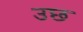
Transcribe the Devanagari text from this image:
उछ